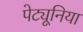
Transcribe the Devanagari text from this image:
पेट्यूनिया